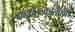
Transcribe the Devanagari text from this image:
कशेरूकांतरिक